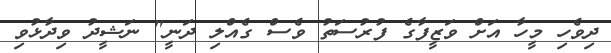
ދިވެހި މީހާ އަށް ވަޒީފާގެ ފުރުސަތު ވެސް ގެއްލި ދަނީ" ނަޝީދު ވިދާޅުވި